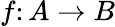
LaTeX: f\colon A\to B